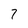
Character: 7